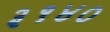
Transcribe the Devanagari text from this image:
३१४०